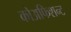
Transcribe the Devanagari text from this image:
कोअफिशन्ट